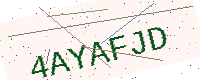
Text: 4AYAFJD